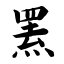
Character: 罴